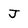
Character: J